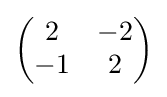
{\begin{pmatrix}2&-2\\-1&2\end{pmatrix}}